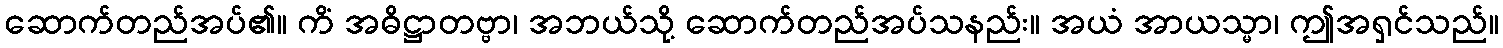
ဆောက်တည်အပ်၏။ ကိံ အဓိဋ္ဌာတဗ္ဗာ၊ အဘယ်သို့ ဆောက်တည်အပ်သနည်း။ အယံ အာယသ္မာ၊ ဤအရှင်သည်။